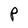
Character: P